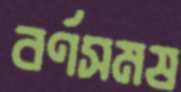
বর্ণসমষ